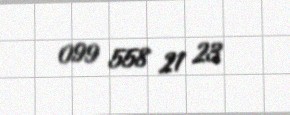
099 558 21 23